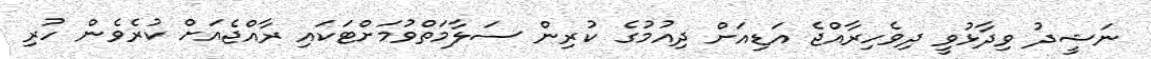
ނަޝީދު ވިދާޅުވީ ދިވެހިރާއްޖެ އަޑިއަށް ދިއުމުގެ ކުރިން ސަލާމަތްވުމަށްޓަކައި ރާއްޖެއަށް ކުރެވެން ހުރި